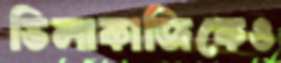
ভিলাকাজিকেও